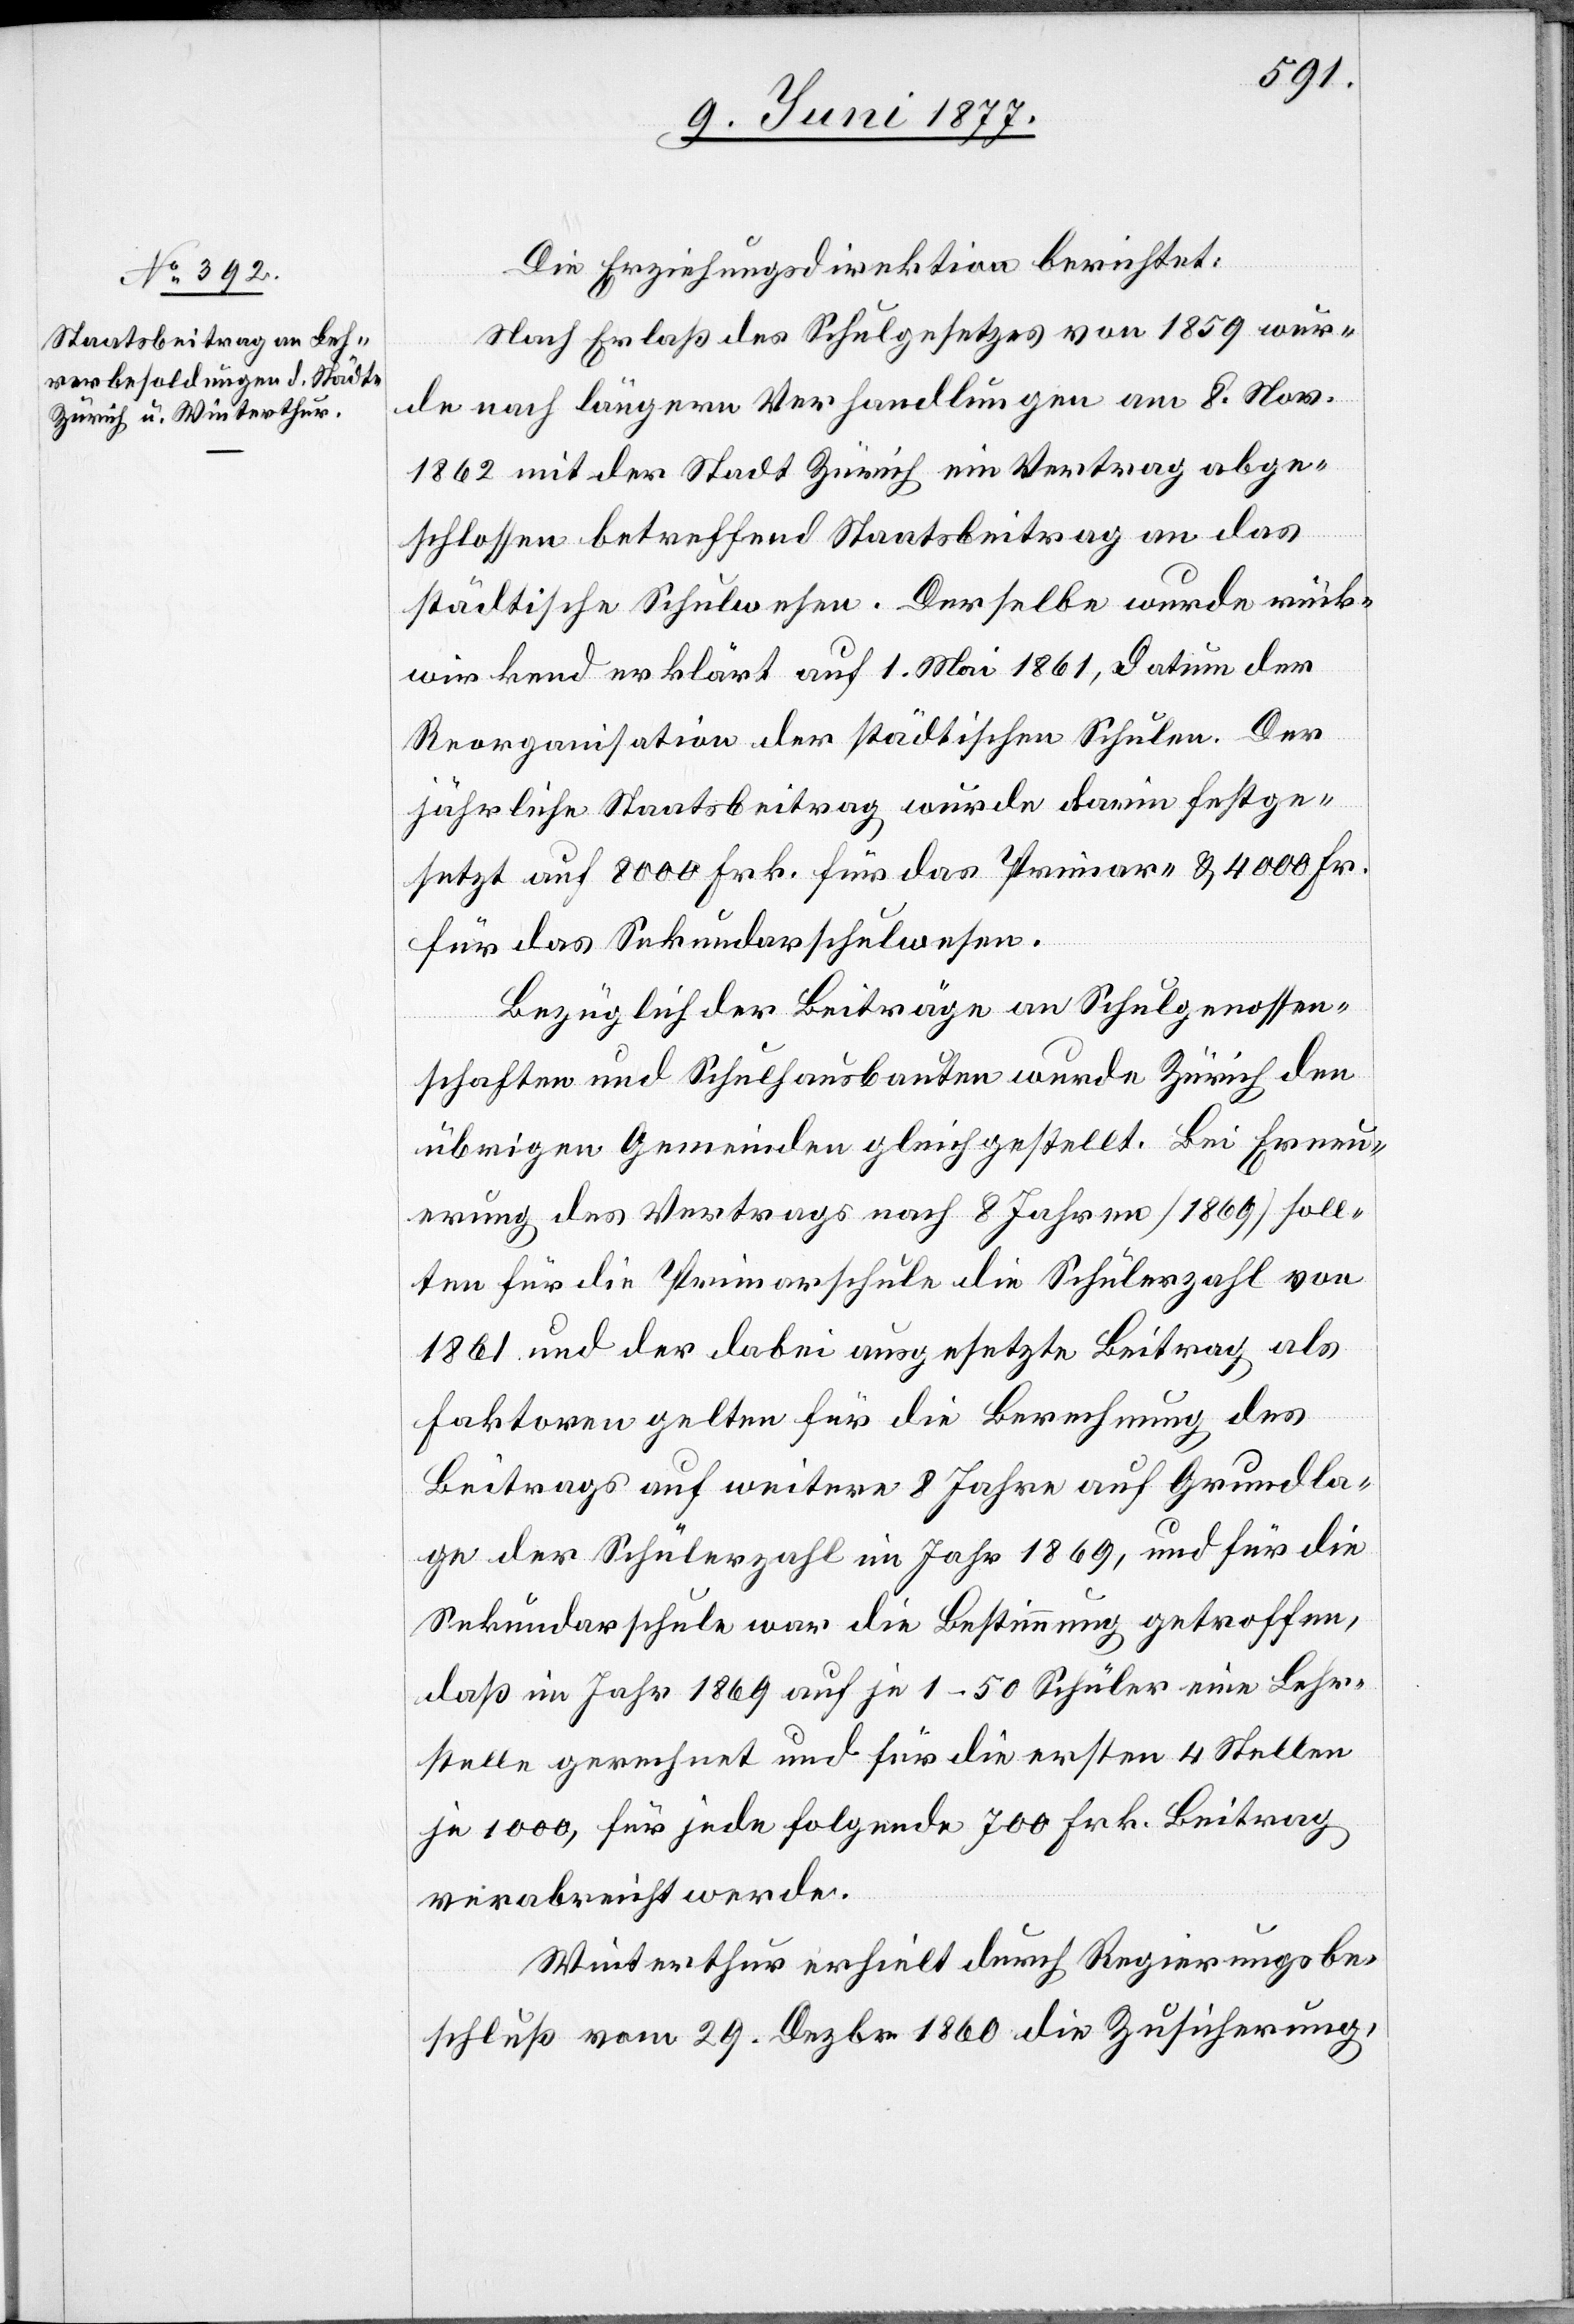
Die Erziehungsdirektion berichtet:
Nach Erlaß des Schulgesetzes von 1859 wur¬
de nach längern Verhandlungen am 8. Nov.
1862 mit der Stadt Zürich ein Vertrag abge¬
schlossen, betreffend Staatsbeitrag an das
städtische Schulwesen. Derselbe wurde rück¬
wirkend erklärt auf 1. Mai 1861, Datum der
Reorganisation der städtischen Schulen. Der
jährliche Staatsbeitrag wurde darin festge¬
setzt auf 8000 Frk. für das Primar- & 4000 Fr.
für das Sekundarschulwesen.
Bezüglich der Beiträge an Schulgenossen¬
schaften und Schulhausbauten wurde Zürich den
übrigen Gemeinden gleichgestellt. Bei Erneu¬
erung des Vertrages nach 8 Jahren [1869] soll¬
ten für die Primarschulen die Schülerzahl von
1861 und der dabei ausgesetzte Beitrag als
Faktoren gelten für die Berechnung des
Beitrags auf weitere 8 Jahre auf Grundla¬
ge der Schülerzahl im Jahr 1869, und für die
Sekundarschule war die Bestimmung getroffen,
daß im Jahr 1869 auf je 1–50 Schüler eine Lehr¬
stelle gerechnet und für die ersten 4 Stellen
je 100, für jede folgende 700 Frk. Beitrag
verabreicht werde.
Winterthur erhielt durch Regierungsbe¬
schluß vom 29. Dezbr. 1860 die Zusicherung,